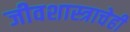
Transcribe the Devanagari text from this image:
जीवशास्त्राचेही